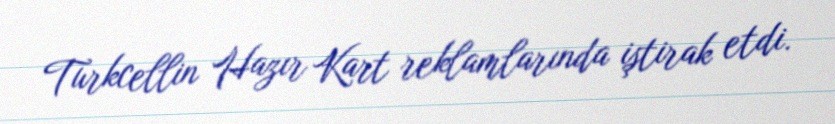
Turkcellin Hazır Kart reklamlarında iştirak etdi.